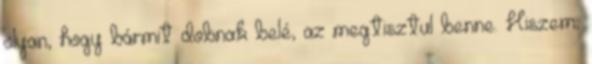
olyan, hogy bármit dobnak belé, az megtisztul benne. Hiszem,